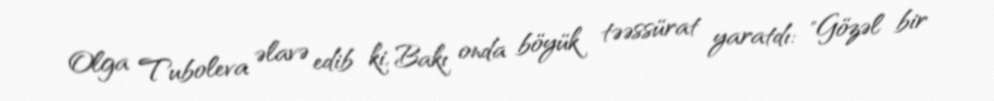
Olga Tuboleva əlavə edib ki, Bakı onda böyük təəssürat yaratdı: "Gözəl bir